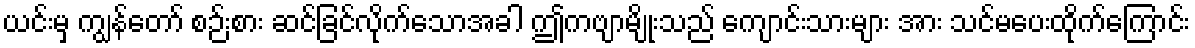
ယင်းမှ ကျွန်တော် စဉ်းစား ဆင်ခြင်လိုက်သောအခါ ဤကဗျာမျိုးသည် ကျောင်းသားများ အား သင်မပေးထိုက်ကြောင်း